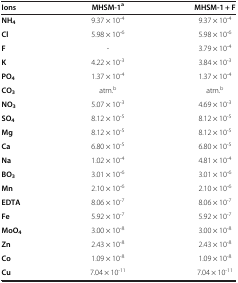
<table><thead><tr><td><b>Ions</b></td><td><b>MHSM-1<sup>a</sup></b></td><td><b>MHSM-1 + F</b></td></tr></thead><tbody><tr><td><b>NH</b><sub><b>4</b></sub></td><td>9.37 × 10<sup>-4</sup></td><td>9.37 × 10<sup>-4</sup></td></tr><tr><td><b>Cl</b></td><td>5.98 × 10<sup>-6</sup></td><td>5.98 × 10<sup>-6</sup></td></tr><tr><td><b>F</b></td><td>-</td><td>3.79 × 10<sup>-4</sup></td></tr><tr><td><b>K</b></td><td>4.22 × 10<sup>-3</sup></td><td>3.84 × 10<sup>-3</sup></td></tr><tr><td><b>PO</b><sub><b>4</b></sub></td><td>1.37 × 10<sup>-4</sup></td><td>1.37 × 10<sup>-4</sup></td></tr><tr><td><b>CO</b><sub><b>3</b></sub></td><td>atm.<sup>b</sup></td><td>atm.<sup>b</sup></td></tr><tr><td><b>NO</b><sub><b>3</b></sub></td><td>5.07 × 10<sup>-3</sup></td><td>4.69 × 10<sup>-3</sup></td></tr><tr><td><b>SO</b><sub><b>4</b></sub></td><td>8.12 × 10<sup>-5</sup></td><td>8.12 × 10<sup>-5</sup></td></tr><tr><td><b>Mg</b></td><td>8.12 × 10<sup>-5</sup></td><td>8.12 × 10<sup>-5</sup></td></tr><tr><td><b>Ca</b></td><td>6.80 × 10<sup>-5</sup></td><td>6.80 × 10<sup>-5</sup></td></tr><tr><td><b>Na</b></td><td>1.02 × 10<sup>-4</sup></td><td>4.81 × 10<sup>-4</sup></td></tr><tr><td><b>BO</b><sub><b>3</b></sub></td><td>3.01 × 10<sup>-6</sup></td><td>3.01 × 10<sup>-6</sup></td></tr><tr><td><b>Mn</b></td><td>2.10 × 10<sup>-6</sup></td><td>2.10 × 10<sup>-6</sup></td></tr><tr><td><b>EDTA</b></td><td>8.06 × 10<sup>-7</sup></td><td>8.06 × 10<sup>-7</sup></td></tr><tr><td><b>Fe</b></td><td>5.92 × 10<sup>-7</sup></td><td>5.92 × 10<sup>-7</sup></td></tr><tr><td><b>MoO</b><sub><b>4</b></sub></td><td>3.00 × 10<sup>-8</sup></td><td>3.00 × 10<sup>-8</sup></td></tr><tr><td><b>Zn</b></td><td>2.43 × 10<sup>-8</sup></td><td>2.43 × 10<sup>-8</sup></td></tr><tr><td><b>Co</b></td><td>1.09 × 10<sup>-8</sup></td><td>1.09 × 10<sup>-8</sup></td></tr><tr><td><b>Cu</b></td><td>7.04 × 10<sup>-11</sup></td><td>7.04 × 10<sup>-11</sup></td></tr></tbody></table>